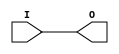
`timescale 1ns / 1ns

module BUFG (
	output O,
	input I
);
	buf b(O, I);
endmodule